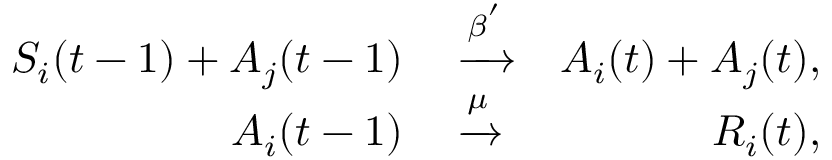
\begin{array} { r l r } { S _ { i } ( t - 1 ) + A _ { j } ( t - 1 ) } & { { } \xrightarrow { \beta ^ { ' } } } & { A _ { i } ( t ) + A _ { j } ( t ) , } \\ { A _ { i } ( t - 1 ) } & { { } \xrightarrow { \mu } } & { R _ { i } ( t ) , } \end{array}